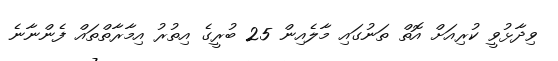
ވިދާޅުވީ ކުރިއަށް އޮތް ތަނުގައި މާލެއިން 25 ބުރީގެ އިތުރު އިމާރާތްތައް ފެންނާނެ